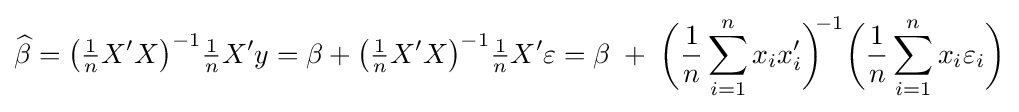
{\widehat {\beta }}={\big (}{\tfrac {1}{n}}X'X{\big )}^{-1}{\tfrac {1}{n}}X'y=\beta +{\big (}{\tfrac {1}{n}}X'X{\big )}^{-1}{\tfrac {1}{n}}X'\varepsilon =\beta \;+\;{\bigg (}{\frac {1}{n}}\sum _{i=1}^{n}x_{i}x'_{i}{\bigg )}^{\!\!-1}{\bigg (}{\frac {1}{n}}\sum _{i=1}^{n}x_{i}\varepsilon _{i}{\bigg )}